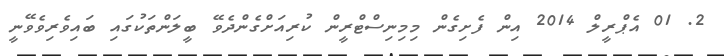
2. 01 އެޕްރީލް 2014 އިން ފެށިގެން މިމިނިސްޓްރީން ކުރިއަށްގެންދެވޭ ބީލަންތަކުގައި ބައިވެރިވެވޭނީ